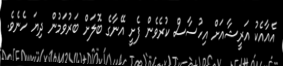
އެއާއެކު އަރީޝާއަށް އިހުސާސް ކުރެވެން ފެށީ އޭނާގެ ބޮލަށް ބަރުވަމުން ދިޔަ ހެނެވެ.